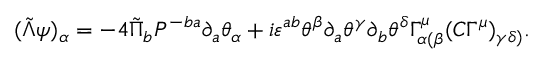
( \tilde { \Lambda } \psi ) _ { \alpha } = - 4 \tilde { \Pi } _ { b } P ^ { - b a } \partial _ { a } \theta _ { \alpha } + i \varepsilon ^ { a b } \theta ^ { \beta } \partial _ { a } \theta ^ { \gamma } \partial _ { b } \theta ^ { \delta } \Gamma _ { \alpha ( \beta } ^ { \mu } ( C \Gamma ^ { \mu } ) _ { \gamma \delta ) } .